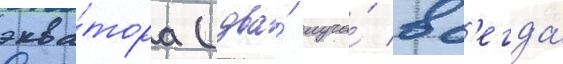
эква́тора (два́ луча́ вс'егда́